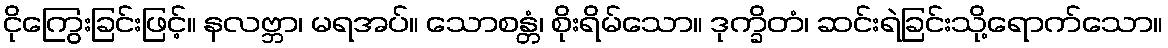
ငိုကြွေးခြင်းဖြင့်။ နလဗ္ဘာ၊ မရအပ်။ သောစန္တံ၊ စိုးရိမ်သော။ ဒုက္ခိတံ၊ ဆင်းရဲခြင်းသို့ရောက်သော။